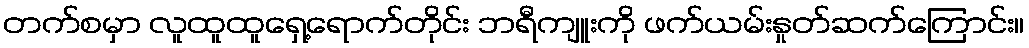
တက်စမှာ လူထူထူရှေ့ရောက်တိုင်း ဘရီကျူးကို ဖက်ယမ်းနှုတ်ဆက်ကြောင်း။